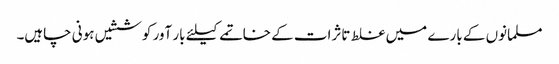
مسلمانوں کے بارے میں غلط تاثرات کے خاتمے کیلئے بار آور کوششیں ہونی چاہیں۔